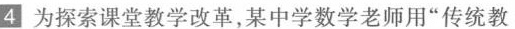
4 为探索课堂教学改革，某中学数学老师用”传统教